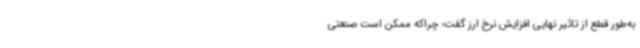
به‌طور قطع از تاثیر نهایی افزایش نرخ ارز گفت؛ چراکه ممکن است صنعتی